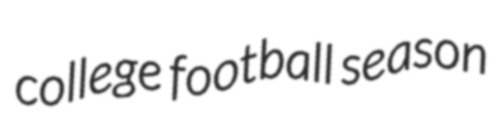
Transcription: college football season